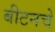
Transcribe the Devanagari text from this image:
बीटनचे